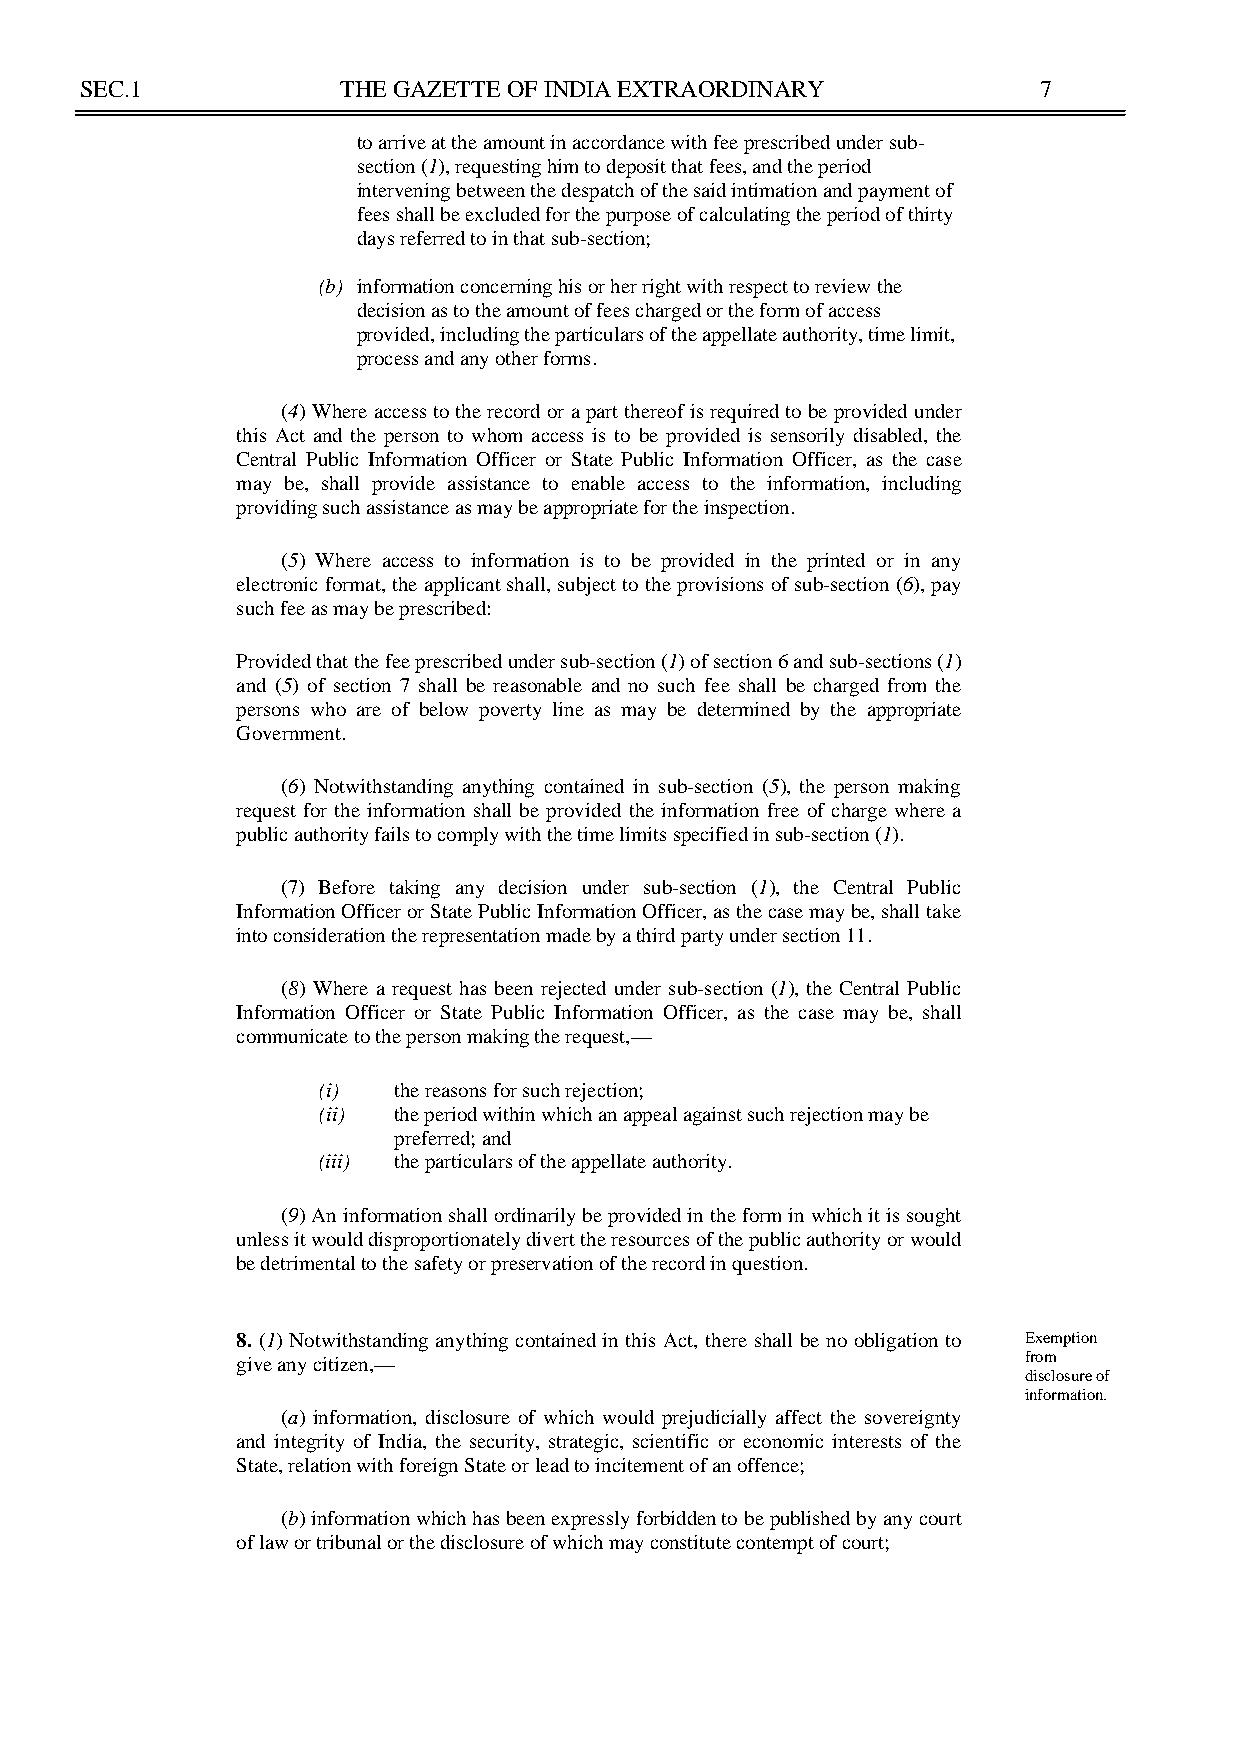
SEC.1             THE GAZETTE OF INDIA EXTRAORDINARY            7
 to arrive at the amount in accordance with fee prescribed under sub-
 section (1), requesting him to deposit that fees, and the period
 intervening between the despatch of the said intimation and payment of
 fees shall be excluded for the purpose of calculating the period of thirty
 days referred to in that sub-section;
 (b) information concerning his or her right with respect to review the
 decision as to the amount of fees charged or the form of access
 provided, including the particulars of the appellate authority, time limit,
 process and any other forms.
 (4) Where access to the record or a part thereof is required to be provided under
 this Act and the person to whom access is to be provided is sensorily disabled, the
 Central Public Information Officer or State Public Information Officer, as the case
 may be, shall provide assistance to enable access to the information, including
 providing such assistance as may be appropriate for the inspection.
 (5) Where access to information is to be provided in the printed or in any
 electronic format, the applicant shall, subject to the provisions of sub-section (6), pay
 such fee as may be prescribed:
 Provided that the fee prescribed under sub-section (1) of section 6 and sub-sections (1)
 and (5) of section 7 shall be reasonable and no such fee shall be charged from the
 persons who are of below poverty line as may be determined by the appropriate
 Government.
 (6) Notwithstanding anything contained in sub-section (5), the person making
 request for the information shall be provided the information free of charge where a
 public authority fails to comply with the time limits specified in sub-section (1).
 (7) Before taking any decision under sub-section (1), the Central Public
 Information Officer or State Public Information Officer, as the case may be, shall take
 into consideration the representation made by a third party under section 11.
 (8) Where a request has been rejected under sub-section (1), the Central Public
 Information Officer or State Public Information Officer, as the case may be, shall
 communicate to the person making the request,—
 (i)  the reasons for such rejection;
 (ii) the period within which an appeal against such rejection may be
 preferred; and
 (iii) the particulars of the appellate authority.
 (9) An information shall ordinarily be provided in the form in which it is sought
 unless it would disproportionately divert the resources of the public authority or would
 be detrimental to the safety or preservation of the record in question.
 8. (1) Notwithstanding anything contained in this Act, there shall be no obligation to Exemption
 give any citizen,—                                  from
 disclosure of
 information.
 (a) information, disclosure of which would prejudicially affect the sovereignty
 and integrity of India, the security, strategic, scientific or economic interests of the
 State, relation with foreign State or lead to incitement of an offence;
 (b) information which has been expressly forbidden to be published by any court
 of law or tribunal or the disclosure of which may constitute contempt of court;